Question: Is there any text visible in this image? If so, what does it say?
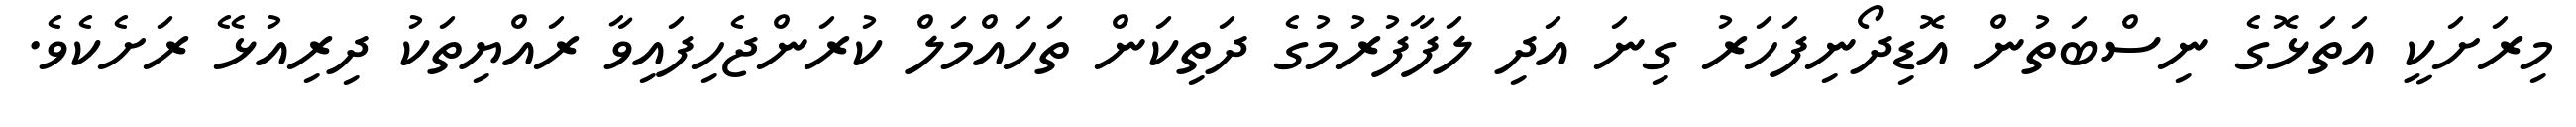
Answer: މިރަށަކީ އަތަޅޮގެ ނިސްބަތުން އޮޑިދޯނިފަހަރު ގިނަ އަދި ލަފާފުރުމުގެ ދަތިކަން ތަހައްމަލް ކުރަންޖެހިފައިވާ ރައްޔިތަކު ދިރިއުޅޭ ރަށެކެވެ.